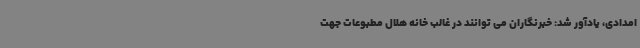
امدادی، یادآور شد: خبرنگاران می توانند در غالب خانه هلال مطبوعات جهت